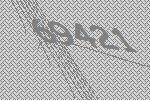
69421